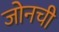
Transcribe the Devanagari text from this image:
जोनची